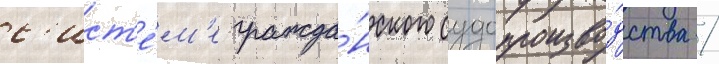
с'ист'е́м'е гражда́нского судопроизво́дства /